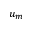
u _ { m }